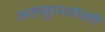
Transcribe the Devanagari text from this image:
अत्युपयोगी